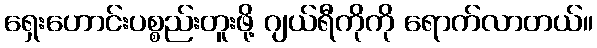
ရှေးဟောင်းပစ္စည်းတူးဖို့ ဂျယ်ရီကိုကို ရောက်လာတယ်။